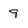
Character: 9